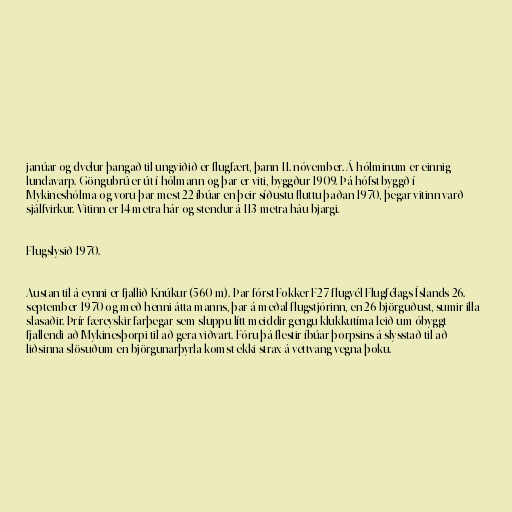
janúar og dvelur þangað til ungviðið er flugfært, þann 11. nóvember. Á hólminum er einnig
lundavarp. Göngubrú er út í hólmann og þar er viti, byggður 1909. Þá hófst byggð í
Mykineshólma og voru þar mest 22 íbúar en þeir síðustu fluttu þaðan 1970, þegar vitinn varð
sjálfvirkur. Vitinn er 14 metra hár og stendur á 113 metra háu bjargi.

Flugslysið 1970.

Austan til á eynni er fjallið Knúkur (560 m). Þar fórst Fokker F27-flugvél Flugfélags Íslands 26.
september 1970 og með henni átta manns, þar á meðal flugstjórinn, en 26 björguðust, sumir illa
slasaðir. Þrír færeyskir farþegar sem sluppu lítt meiddir gengu klukkutíma leið um óbyggt
fjallendi að Mykinesþorpi til að gera viðvart. Fóru þá flestir íbúar þorpsins á slysstað til að
liðsinna slösuðum en björgunarþyrla komst ekki strax á vettvang vegna þoku.